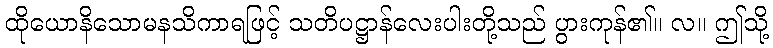
ထိုယောနိသောမနသိကာရဖြင့် သတိပဋ္ဌာန်လေးပါးတို့သည် ပွားကုန်၏။ လ။ ဤသို့